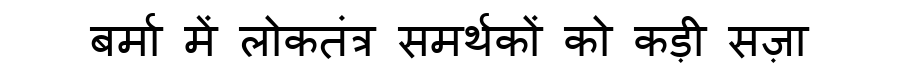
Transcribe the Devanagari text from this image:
बर्मा में लोकतंत्र समर्थकों को कड़ी सज़ा